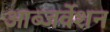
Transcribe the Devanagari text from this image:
आब्जर्वेशन